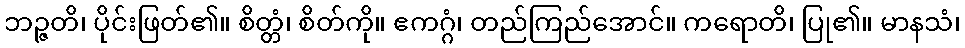
ဘဉ္ဇတိ၊ ပိုင်းဖြတ်၏။ စိတ္တံ၊ စိတ်ကို။ ဧကဂ္ဂံ၊ တည်ကြည်အောင်။ ကရောတိ၊ ပြု၏။ မာနသံ၊